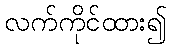
လက်ကိုင်ထား၍